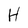
Character: H